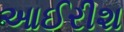
આઈરીશ